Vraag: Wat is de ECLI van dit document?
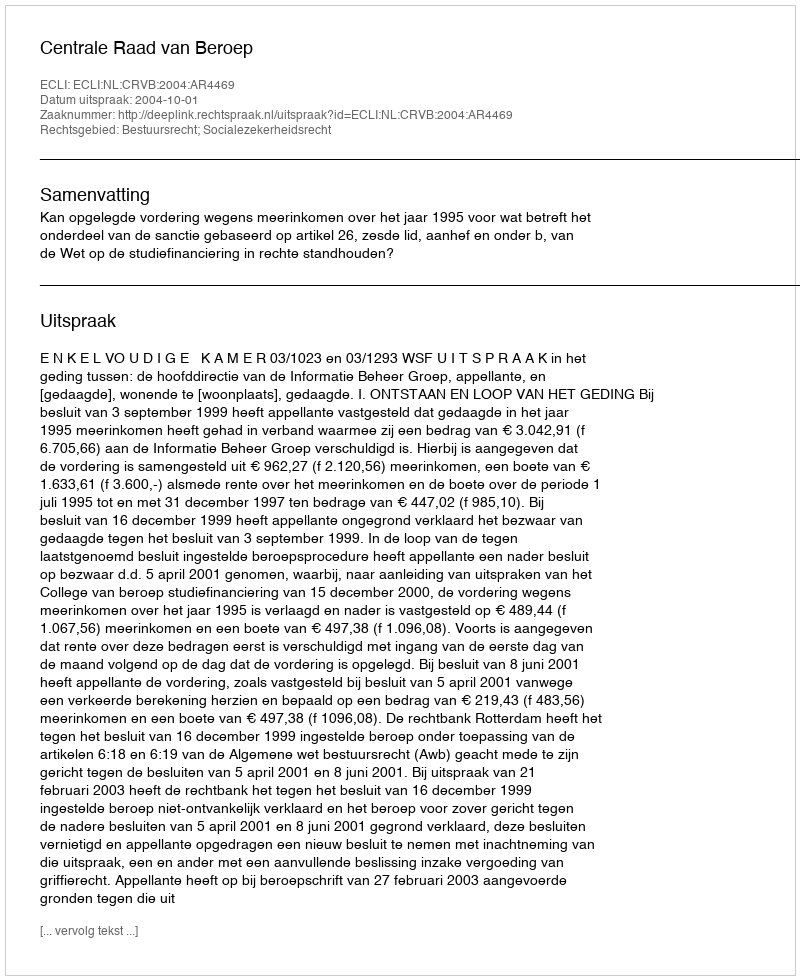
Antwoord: ECLI:NL:CRVB:2004:AR4469